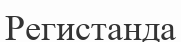
Регистанда